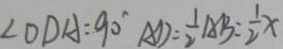
\angle O D A = 9 0 ^ { \circ } A D = \frac { 1 } { 2 } A B = \frac { 1 } { 2 } x